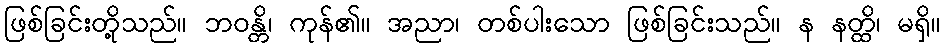
ဖြစ်ခြင်းတို့သည်။ ဘဝန္တိ၊ ကုန်၏။ အညာ၊ တစ်ပါးသော ဖြစ်ခြင်းသည်။ န နတ္ထိ၊ မရှိ။